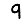
Digit: 9